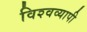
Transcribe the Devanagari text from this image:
विश्‍वव्‍यापी